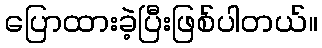
ပြောထားခဲ့ပြီးဖြစ်ပါတယ်။